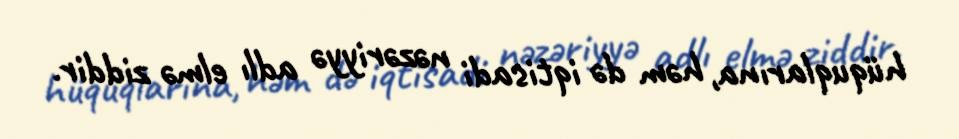
hüquqlarına, həm də iqtisadi nəzəriyyə adlı elmə ziddir.